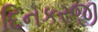
દિનકરજી